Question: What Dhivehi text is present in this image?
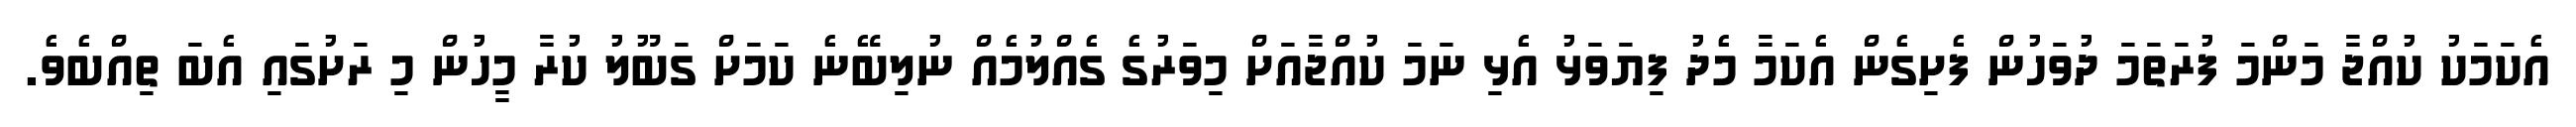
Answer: އެކަމަކު ކުއްޖާ މަންމަ ފުރަތަމަ ދުވަހުން ފެށިގެން އެކަމާ މެދު ފިޔަވަޅު އެޅި ނަމަ ކުއްޖާއަށް މިވަރުގެ ގެއްލުމެއް ނުލިބޭނެ ކަމަށް ގަބޫލު ކުރާ މީހުން މި ރަށުގައި އެބަ ތިއްބެވެ.